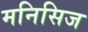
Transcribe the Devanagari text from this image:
मनिसिज